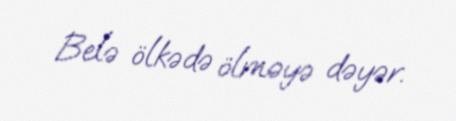
Belə ölkədə ölməyə dəyər.